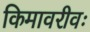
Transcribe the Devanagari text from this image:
किमावरीवः